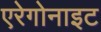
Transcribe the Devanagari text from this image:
एरेगोनाइट